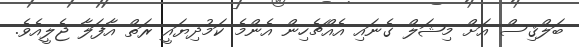
ބަލްޤިސް އަށް މިޝަލް ގެނައި އެއްޗެހިން އެންމެ ކަމުދިޔައީ ރަތް އާފަލާ ޖެލީއެވެ.